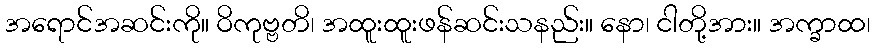
အရောင်အဆင်းကို။ ဝိကုဗ္ဗတိ၊ အထူးထူးဖန်ဆင်းသနည်း။ နော၊ ငါတို့အား။ အက္ခာထ၊